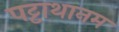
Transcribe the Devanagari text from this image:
पट्टाथानम